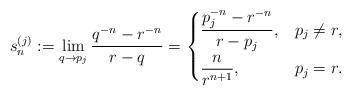
\begin{align*} s^{(j)}_{n}:=\lim_{q\to p_j}\dfrac{q^{-n}-r^{-n}}{r-q}= \begin{cases} \dfrac{p_j^{-n}-r^{-n}}{r-p_j}, & p_j\ne r, \smallskip\\ \dfrac{n}{r^{n+1}}, & p_j=r. \end{cases} \end{align*}